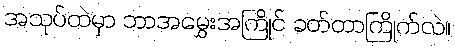
အသုပ်ထဲမှာ ဘာအမွှေးအကြိုင် ခတ်တာကြိုက်လဲ။